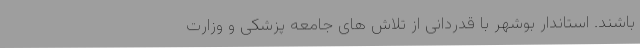
باشند. استاندار بوشهر با قدردانی از تلاش های جامعه پزشکی و وزارت